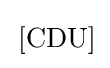
\,{\text{[CDU]}}